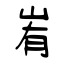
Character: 峟